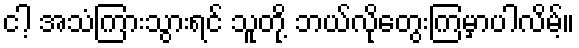
ငါ့ အသံကြားသွားရင် သူတို့ ဘယ်လိုတွေးကြမှာပါလိမ့်။